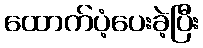
ထောက်ပံ့ပေးခဲ့ပြီး